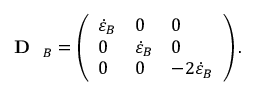
\mathrm { ~ \bf ~ { ~ D ~ } ~ } _ { B } = \left( \begin{array} { l l l } { \dot { \varepsilon } _ { B } } & { 0 } & { 0 } \\ { 0 } & { \dot { \varepsilon } _ { B } } & { 0 } \\ { 0 } & { 0 } & { - 2 \dot { \varepsilon } _ { B } } \end{array} \right) .